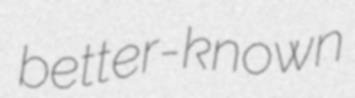
better-known